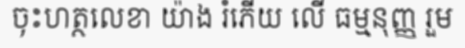
ចុះហត្ថលេខា យ៉ាង រំភើយ លើ ធម្មនុញ្ញ រួម